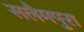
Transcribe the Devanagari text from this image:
सलैमपुरा